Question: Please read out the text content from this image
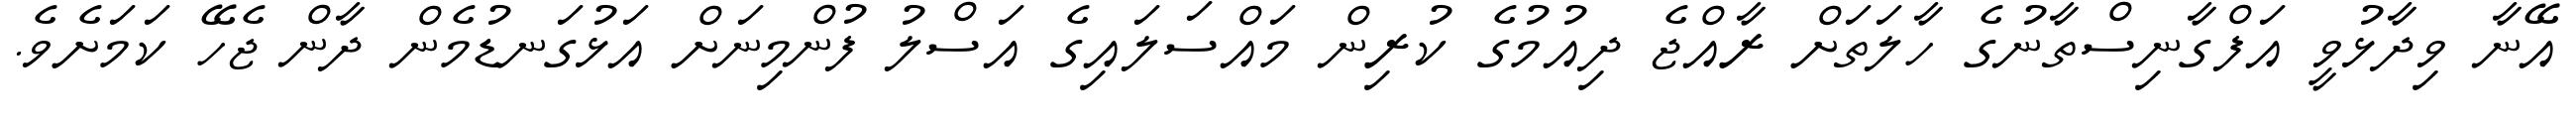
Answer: އޭނާ ވިދާޅުވީ އަފްގާނިސްތާނުގެ ހާލަތަށް ރާއްޖެ ދިއުމުގެ ކުރިން މައްސަލައިގެ އަސްލު ފުންމިނަށް އަޅުގަނޑުމެން ދާން ޖެހޭ ކަމަށެވެ.